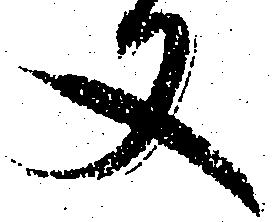
又